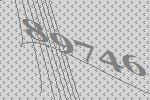
89746